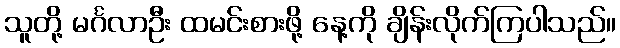
သူတို့ မင်္ဂလာဦး ထမင်းစားဖို့ နေ့ကို ချိန်းလိုက်ကြပါသည်။